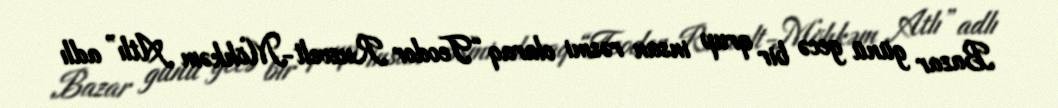
Bazar günü gecə bir qrup insan rəsmi olaraq “Teodor Ruzvelt-Möhkəm Atlı” adlı